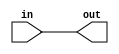
module top_module( input in, output out );
	
	assign out = in;  // Note that wires are directional, so "assign in = out" is not equivalent.
	
endmodule